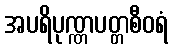
အပရိပုဏ္ဏပတ္တစီဝရံ